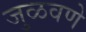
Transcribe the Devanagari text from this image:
जुळवणे